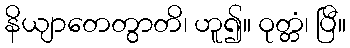
နိယျာတေတွာတိ၊ ဟူ၍။ ဝုတ္တံ၊ ပြီ။